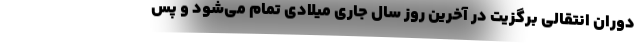
دوران انتقالی برگزیت در آخرین روز سال جاری میلادی تمام می‌شود و پس